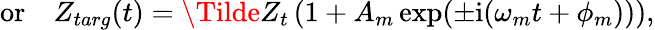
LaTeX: \begin{array}{rl}{\textrm{or}}&{{}Z_{targ}(t)=\Tilde{Z}_{t}\left(1+A_{m}\exp(\pm\textrm{i}(\omega_{m}t+\phi_{m}))\right),}\end{array}